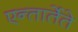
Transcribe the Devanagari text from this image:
एन्तार्तेते